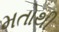
મતોથી